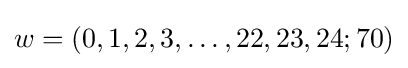
w=(0,1,2,3,\dots ,22,23,24;70)